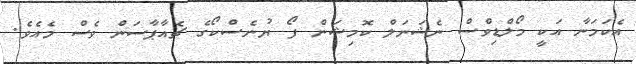
އެކަމަނާ އަކީ މޯލްޑިވްސް ނެޝަނަލް ކޮމިޝަން ފޯ ޔުނެސްކޯގެ ޗެއާޕާސަން ވެސް މެއެވެ.